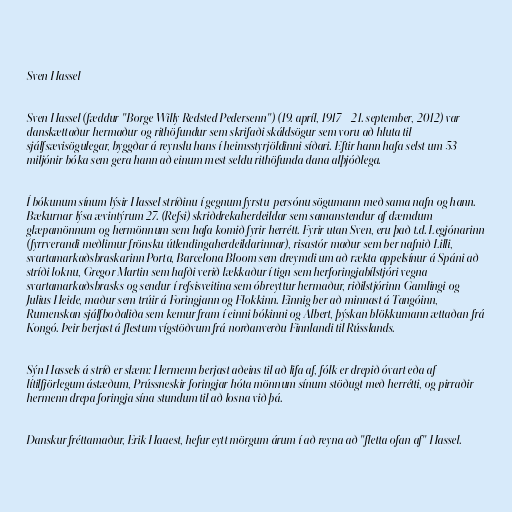
Sven Hassel

Sven Hassel (fæddur "Børge Willy Redsted Pedersenn") (19. apríl, 1917 - 21. september, 2012) var
danskættaður hermaður og rithöfundur sem skrifaði skáldsögur sem voru að hluta til
sjálfsævisögulegar, byggðar á reynslu hans í heimsstyrjöldinni síðari. Eftir hann hafa selst um 53
miljónir bóka sem gera hann að einum mest seldu rithöfunda dana alþjóðlega.

Í bókunum sínum lýsir Hassel stríðinu í gegnum fyrstu-persónu sögumann með sama nafn og hann.
Bækurnar lýsa ævintýrum 27. (Refsi) skriðdrekaherdeildar sem samanstendur af dæmdum
glæpamönnum og hermönnum sem hafa komið fyrir herrétt. Fyrir utan Sven, eru það t.d. Legjónarinn
(fyrrverandi meðlimur frönsku útlendingaherdeildarinnar), risastór maður sem ber nafnið Lilli,
svartamarkaðsbraskarinn Porta, Barcelona Bloom sem dreymdi um að rækta appelsínur á Spáni að
stríði loknu, Gregor Martin sem hafði verið lækkaður í tign sem herforingjabílstjóri vegna
svartamarkaðsbrasks og sendur í refsisveitina sem óbreyttur hermaður, riðilstjórinn Gamlingi og
Julius Heide, maður sem trúir á Foringjann og Flokkinn. Einnig ber að minnast á Tangóinn,
Rumenskan sjálfboðaliða sem kemur fram í einni bókinni og Albert, þýskan blökkumann ættaðan frá
Kongó. Þeir berjast á flestum vígstöðvum frá norðanverðu Finnlandi til Rússlands.

Sýn Hassels á stríð er slæm: Hermenn berjast aðeins til að lifa af, fólk er drepið óvart eða af
lítilfjörlegum ástæðum, Prússneskir foringjar hóta mönnum sínum stöðugt með herrétti, og pirraðir
hermenn drepa foringja sína stundum til að losna við þá.

Danskur fréttamaður, Erik Haaest, hefur eytt mörgum árum í að reyna að "fletta ofan af" Hassel.